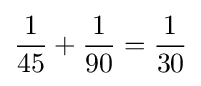
{\frac {1}{45}}+{\frac {1}{90}}={\frac {1}{30}}